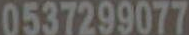
0537299077